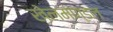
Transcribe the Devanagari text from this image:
खेलमण्डल